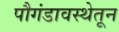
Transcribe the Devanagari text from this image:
पौगंडावस्थेतून